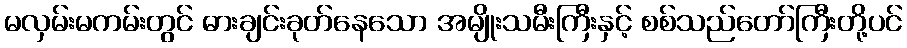
မလှမ်းမကမ်းတွင် ဓားချင်းခုတ်နေသော အမျိုးသမီးကြီးနှင့် စစ်သည်တော်ကြီးတို့ပင်